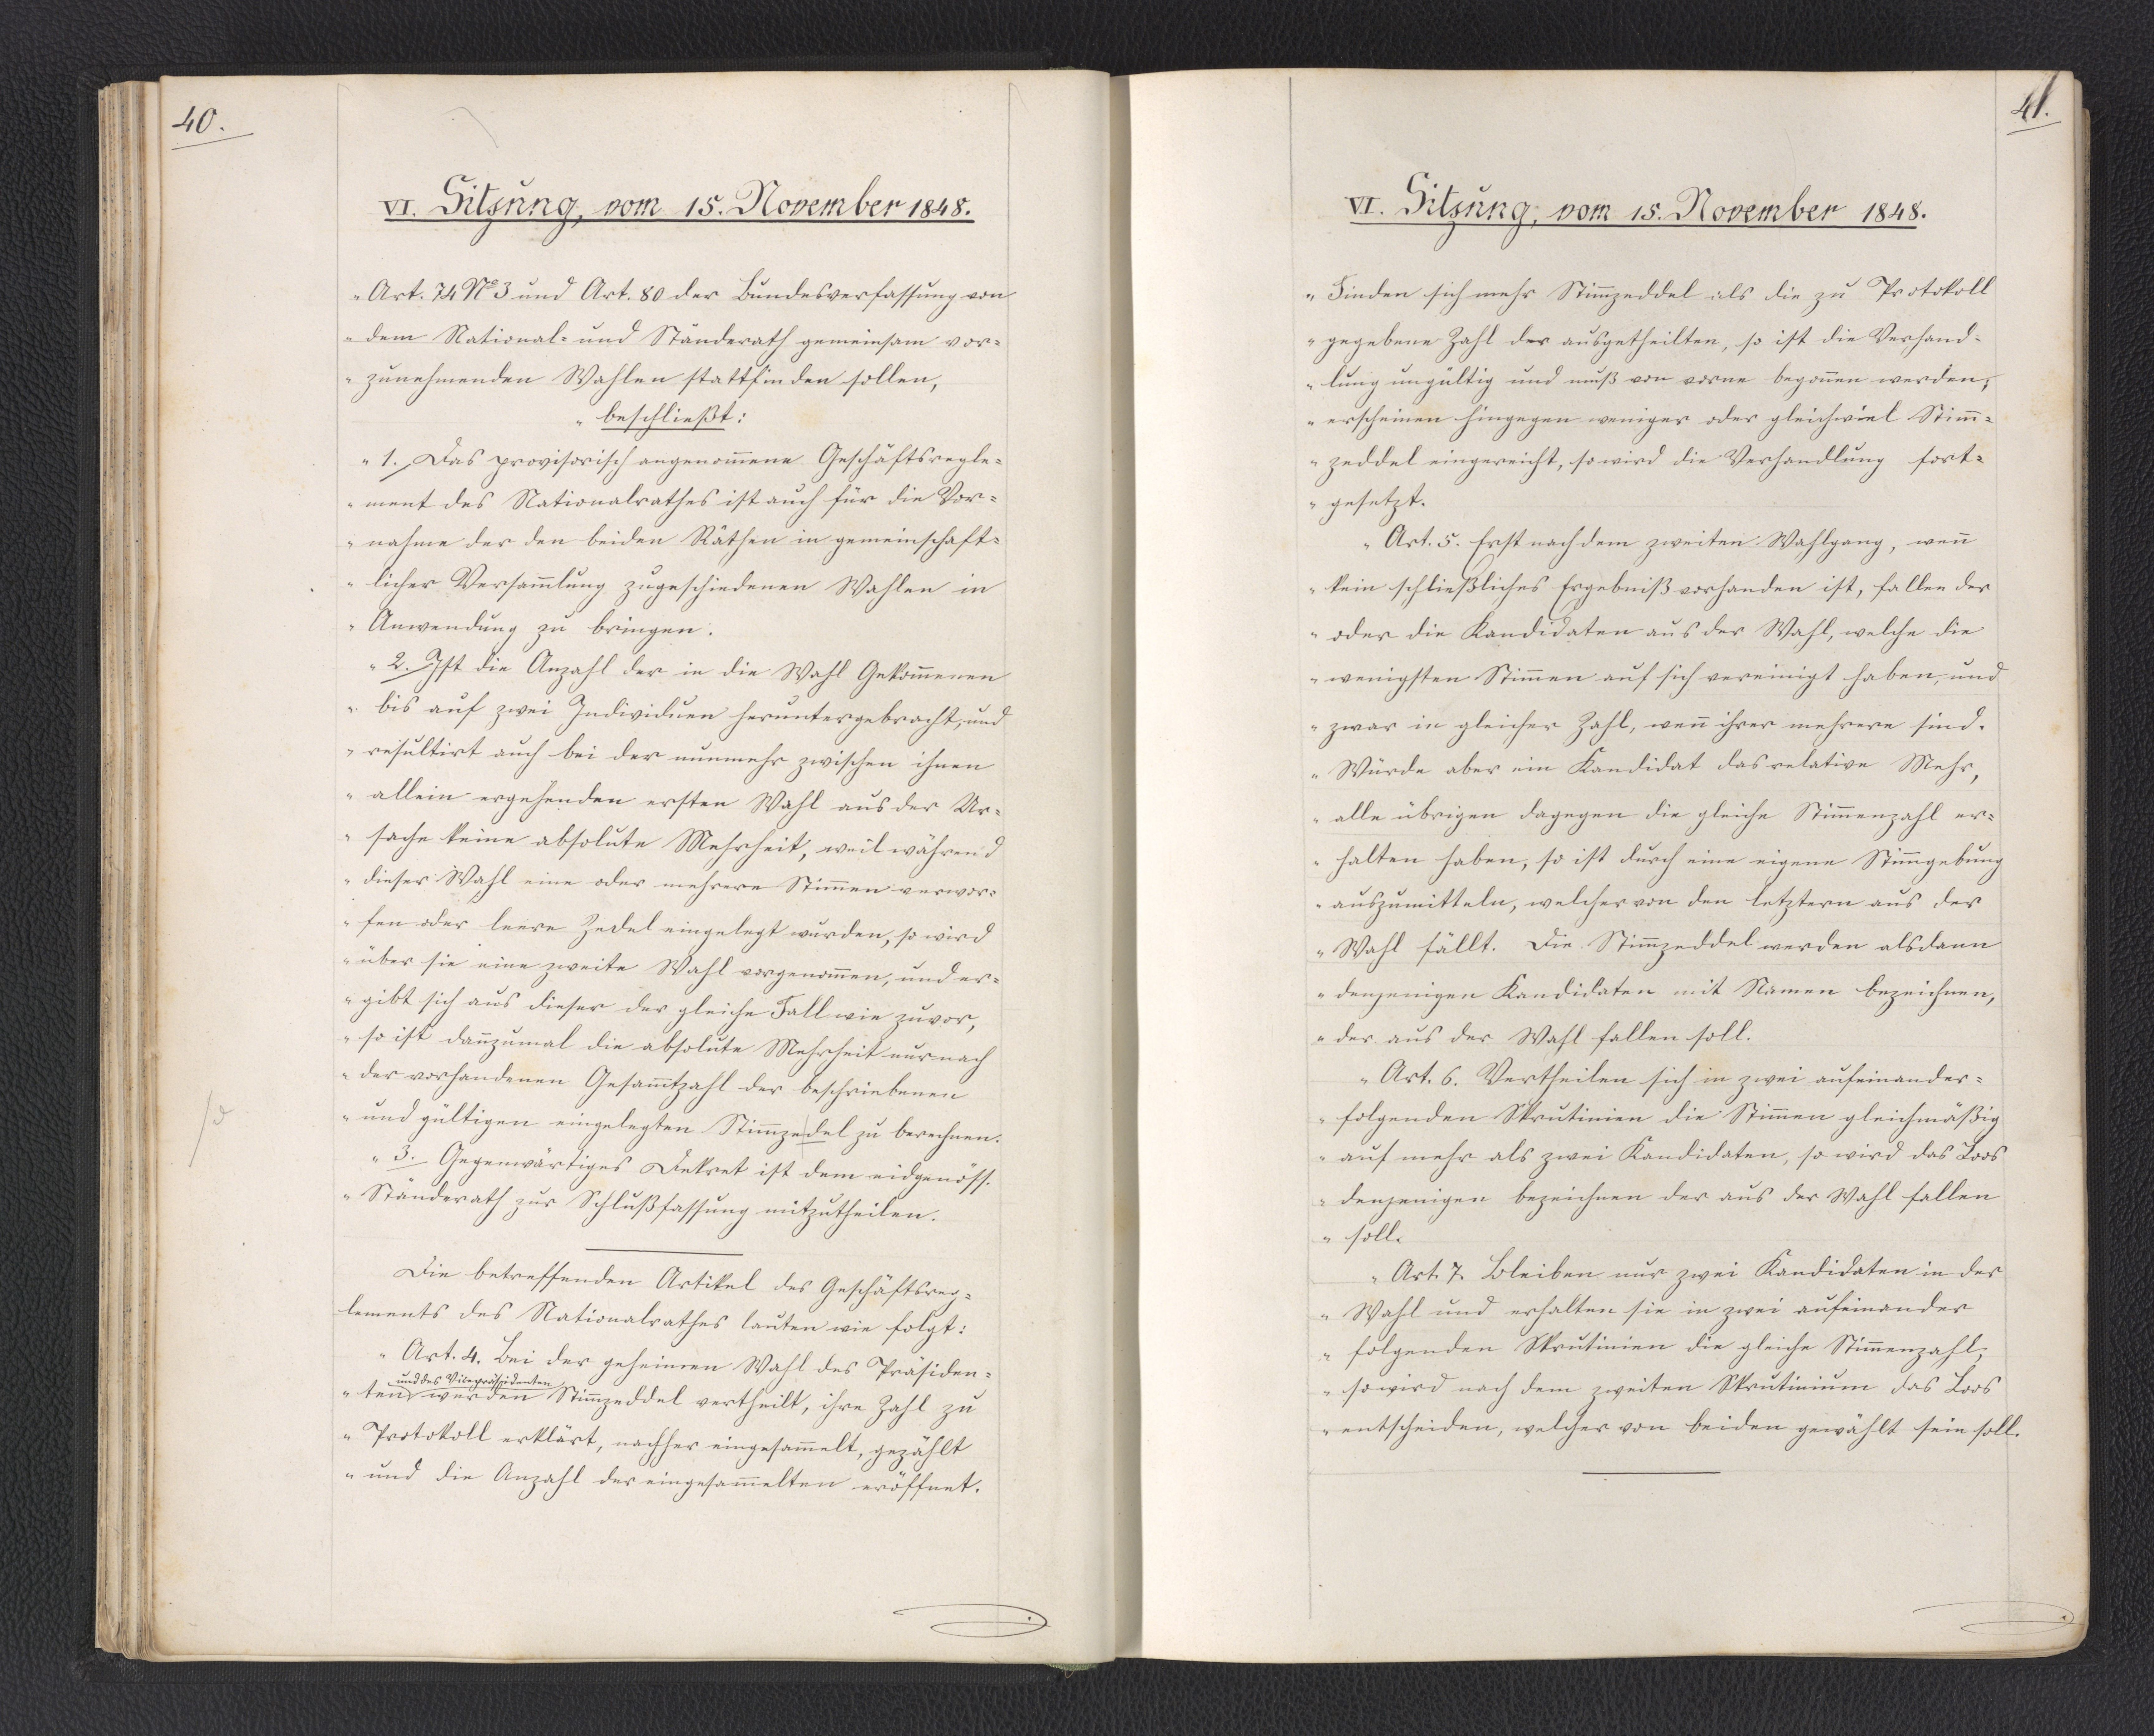
40.

VI. Sitzung, vom 15. November 1848.

Art. 74 No 3 und Art. 80 der Bundesverfassung von
dem National- und Ständerath gemeinsam vor¬
zunehmenden Wahlen stattfinden sollen,
beschließt:
1. Das provisorisch angenommene Geschäftsregle¬
ment des Nationalrathes ist auch für die Vor¬
nahme der den beiden Räthen in gemeinschaft¬
licher Versammlung zugeschiedenen Wahlen in
Anwendung zu bringen.
2. Ist die Anzahl der in die Wahl Gekommenen
bis auf zwei Individuen heruntergebracht, und
resultirt auch bei der nunmehr zwischen ihnen
allein ergehenden ersten Wahl aus der Ur¬
sache keine absolute Mehrheit, weil während
dieser Wahl eine oder mehrere Stimmen verwor¬
fen oder leere Zedel eingelegt wurden, so wird
über sie eine zweite Wahl vorgenommen, und er¬
gibt sich aus dieser der gleiche Fall wie zuvor,
so ist dann zumal die absolute Mehrheit nur nach
der vorhandenen Gesammtzahl der beschriebenen
und gültigen eingelegten Stimmzedel zu berechnen.
3. Gegenwärtiges Dekret ist dem eidgenöss.
Ständerath zur Schlußfassung mitzutheilen."
Die betreffenden Artikel des Geschäftsreg¬
lements des Nationalrathes lauten wie folgt:
"Art. 4. Bei der geheimen Wahl des Präsiden¬
ten * werden Stimmzeddel vertheilt, ihre Zahl zu
* und des Vicepräsidenten
Protokoll erklärt, nachher eingesammelt, gezählt
und die Anzahl der eingesammelten eröffnet.

41.

VI. Sitzung, vom 15. November 1848.

Finden sich mehr Stimmzeddel als die zu Protokoll
gegebene Zahl der ausgetheilten, so ist die Verhand¬
lung ungültig und muß von vorne begonnen werden;
erscheinen hingegen weniger oder gleichviel Stimm¬
zeddel eingereicht, so wird die Verhandlung fort¬
gesetzt.
Art. 5. Erst nach dem zweiten Wahlgang, wenn
kein schließliches Ergebniß vorhanden ist, fallen der
oder die Kandidaten aus der Wahl, welche die
wenigsten Stimmen auf sich vereinigt haben, und
zwar in gleicher Zahl, wenn ihrer mehrere sind.
Würde aber ein Kandidat das relative Mehr,
alle übrigen dagegen die gleiche Stimmenzahl er¬
halten haben, so ist durch eine eigene Stimmgebung
auszumitteln, welcher von den letztern aus der
Wahl fällt. Die Stimmzeddel werden alsdann
denjenigen Kandidaten mit Namen bezeichnen,
der aus der Wahl fallen soll.
Art. 6. Vertheilen sich in zwei aufeinander¬
folgenden Skrutinien die Stimmen gleichmäßig
auf mehr als zwei Kandidaten, so wird das Loos
denjenigen bezeichnen der aus der Wahl fallen
soll.
Art. 7. Bleiben nur zwei Kandidaten in der
Wahl und erhalten sie in zwei aufeinander
folgenden Skrutinien die gleiche Stimmenzahl,
so wird nach dem zweiten Skrutinium das Loos
entscheiden, welcher von beiden gewählt sein soll."